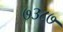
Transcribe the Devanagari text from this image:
७३८७